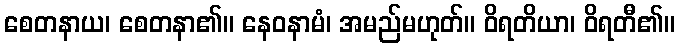
စေတနာယ၊ စေတနာ၏။ နေဝနာမံ၊ အမည်မဟုတ်။ ဝိရတိယာ၊ ဝိရတီ၏။